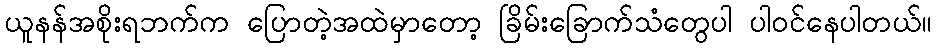
ယူနန်အစိုးရဘက်က ပြောတဲ့အထဲမှာတော့ ခြိမ်းခြောက်သံတွေပါ ပါဝင်နေပါတယ်။